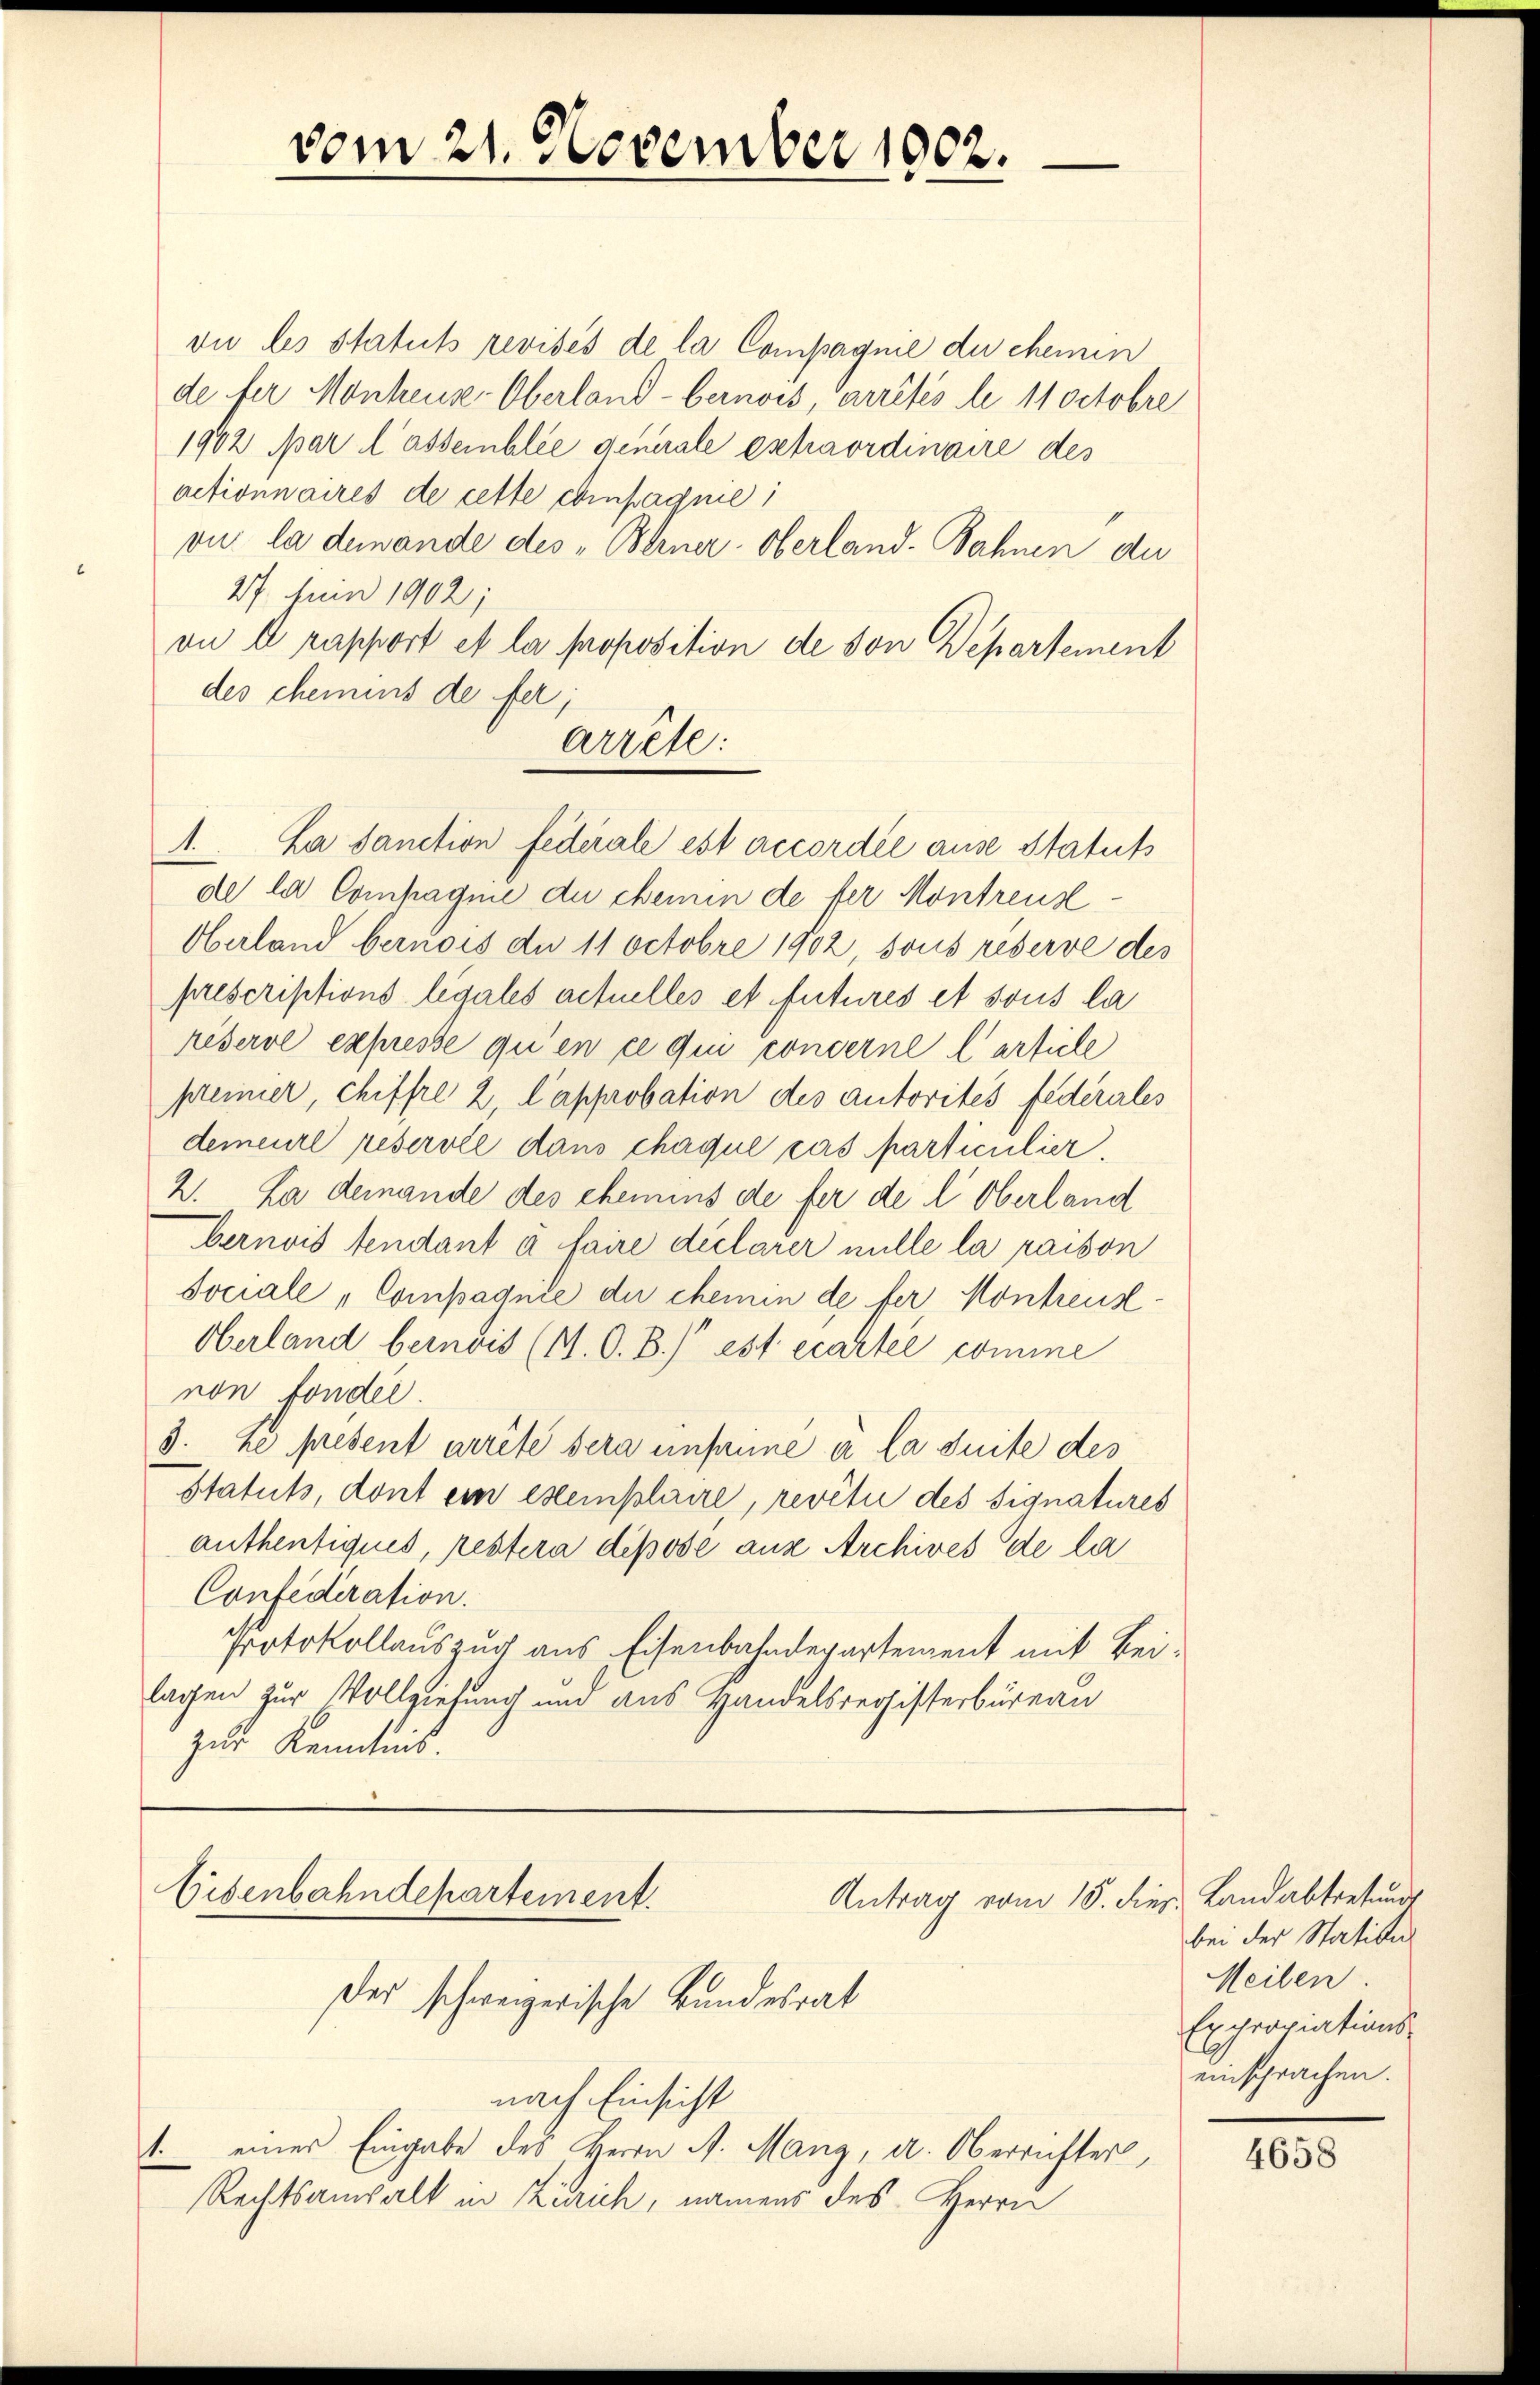
vom 21. November 1902.

vu les Statuts revisés de la Compagnie du chemin
de für Monheuse-Oberland-bernois, arrêtés le 11 Octobre
1902 par lassemblée generale eschaordinaire des
actionnaires de cette ebenfagnie
ous la demande des „Berner-Oberland-Bahnen du
27. Juni 1902;
on e rapport et la proposition de von Departement
des chemins de fer,
de la Compagnie du chemin de fer Montreus¬
Oberland bernois du 11 Octobre 1902, sous reserve des
prescriptions legales actuelles et futures et sous la
réserve expresse qu’en ce qui concerne l’article
premier, chiffre 2, l’approbation des autorités fédérales
demeure reservée dans chaque cas particulier.
2. La demande des chemins de fer de l Oberland
bernois tendant à faire déclarer mille la raison
Sociale „Compagnie der chemin de fer Montreus
Oberland, bernois (N. O. B.) est écartel comme
non fonder.
3. Le present arrête sera unfaime à la suite des
Statuts, dont ein exemplaire, revêtue des Signatures
authentiques, restera dipose aus Archives de la
Confederation.
Protokollauszug aus Eisenbahndepartement mit Bei-
lagen zur Vollziehung und aus Handelsregisterbüreau
zur Kenntnis.

arrete:
1. La Sanction federale est accordée ause Statuts

Eisenbahndepartement.
Der schweizerische Bundesrat
nach Einsicht

1. einer Eingabe des Herrn A. Mang, a. Oberrichter,
Rechtsanwalt in Zürich, namens des Herrn

Antrag vom 15. dies. Landabtretungs

bei der Station
Meilen.
Expropiations-
einsprachen.

4658